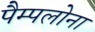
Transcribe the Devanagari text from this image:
पैम्पलोना